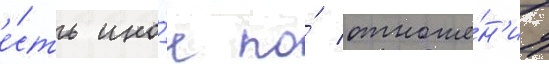
е́сть ино́е по́ отноше́н'иу